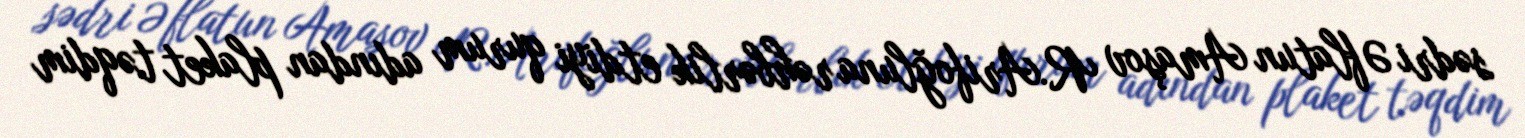
sədri Əflatun Amaşov R.Arifoğluna rəhbərlik etdiyi qurum adından plaket təqdim